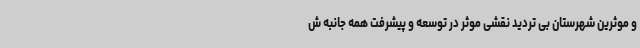
و موثرین شهرستان بی تردید نقشی موثر در توسعه و پیشرفت همه جانبه ش